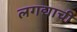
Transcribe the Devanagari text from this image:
लगद्याची